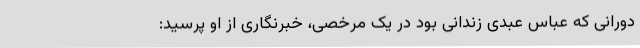
دورانی که عباس عبدی زندانی بود در یک مرخصی، خبرنگاری از او پرسید: